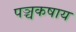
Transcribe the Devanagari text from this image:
पञ्चकषाय